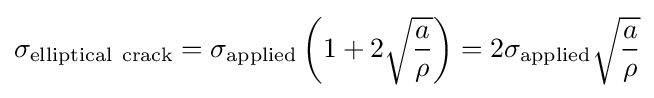
\sigma _{\mathrm {elliptical\ crack} }=\sigma _{\mathrm {applied} }\left(1+2{\sqrt {\frac {a}{\rho }}}\right)=2\sigma _{\mathrm {applied} }{\sqrt {\frac {a}{\rho }}}